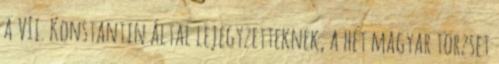
a VII. Konstantin által lejegyzetteknek, a hét magyar törzset